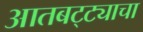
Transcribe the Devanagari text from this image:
आतबट्ट्याचा